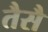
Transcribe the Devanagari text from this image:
तैसै